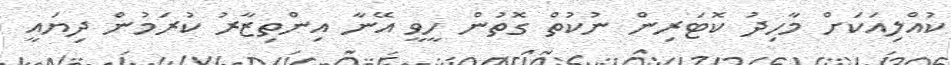
ކުއްލިއަކަށް މާހިދު ކޮޓަރިން ނުކުތް ގޮތުން ހީވީ އޭނާ އިންތިޒާރު ކުރަމުން ދިޔައީ